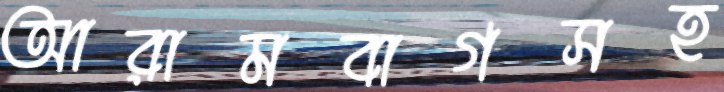
আরামবাগসহ